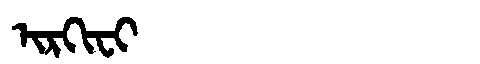
Manchu: ᡳᡵᡴᡳᠸᡳ
Romanization: IRKIFI